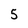
Character: 5